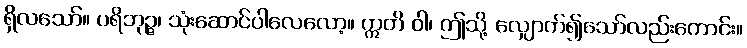
ရှိလသော်။ ပရိဘုဉ္ဇ၊ သုံးဆောင်ပါလေလော့။ ဣတိ ဝါ၊ ဤသို့ လျှောက်၍သော်လည်းကောင်း။